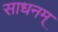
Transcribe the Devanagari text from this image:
साधनम्